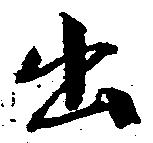
出